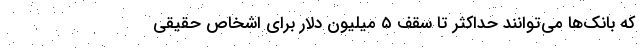
که بانک‌ها می‌توانند حداکثر تا سقف ۵ میلیون دلار برای اشخاص حقیقی